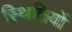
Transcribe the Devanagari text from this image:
स्‍थितियों